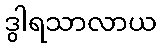
ဒွါရသာလာယ